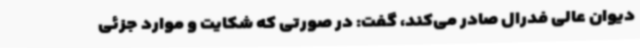
دیوان عالی فدرال صادر می‌کند، گفت: در صورتی که شکایت و موارد جزئی